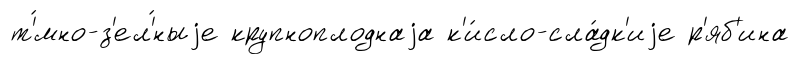
т'́мно-з'ел'́ныjе крупноплоднаjа к'и́сло-сла́дк'иjе р'яб'ина